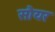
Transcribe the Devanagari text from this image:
सौयर